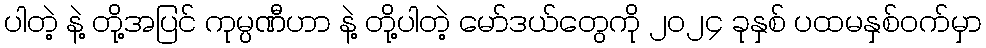
ပါတဲ့ နဲ့ တို့အပြင် ကုမ္ပဏီဟာ နဲ့ တို့ပါတဲ့ မော်ဒယ်တွေကို ၂၀၂၄ ခုနှစ် ပထမနှစ်ဝက်မှာ